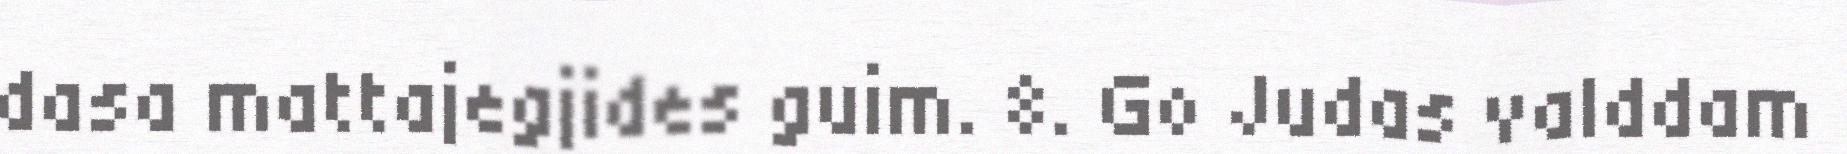
dasa mattajegjides guim. 8. Go Judas valddam